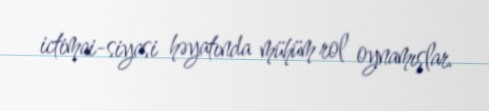
ictimai-siyasi həyatında mühüm rol oynamışlar.